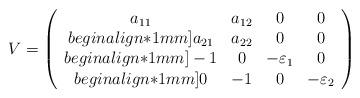
LaTeX: \begin{align*}V=\left(\begin{array}{cccc} a_{11} & a_{12} & 0 & 0\\begin{align*}1mm] a_{21} & a_{22} & 0 & 0\\begin{align*}1mm] -1 & 0 & -\varepsilon_{1} & 0\\begin{align*}1mm] 0 & -1 & 0 & -\varepsilon_{2}\end{array}\right)\end{align*}